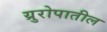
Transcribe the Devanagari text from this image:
य्रुरोपातील